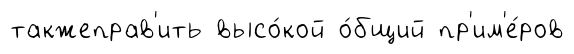
такжеправ'ить высо́кой о́бщий пр'им'е́ров